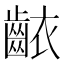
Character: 𬹶